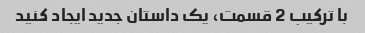
با ترکیب 2 قسمت، یک داستان جدید ایجاد کنید